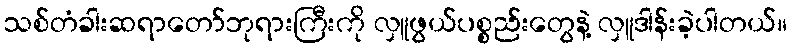
သစ်တံခါးဆရာတော်ဘုရားကြီးကို လှူဖွယ်ပစ္စည်းတွေနဲ့ လှူဒါန်းခဲ့ပါတယ်။